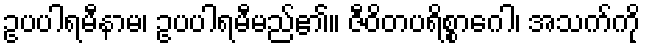
ဥပပါရမီနာမ၊ ဥပပါရမီမည်၏။ ဇီဝိတပရိစ္စာဂေါ၊ အသက်ကို